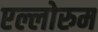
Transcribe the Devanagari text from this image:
एल्लोरुम